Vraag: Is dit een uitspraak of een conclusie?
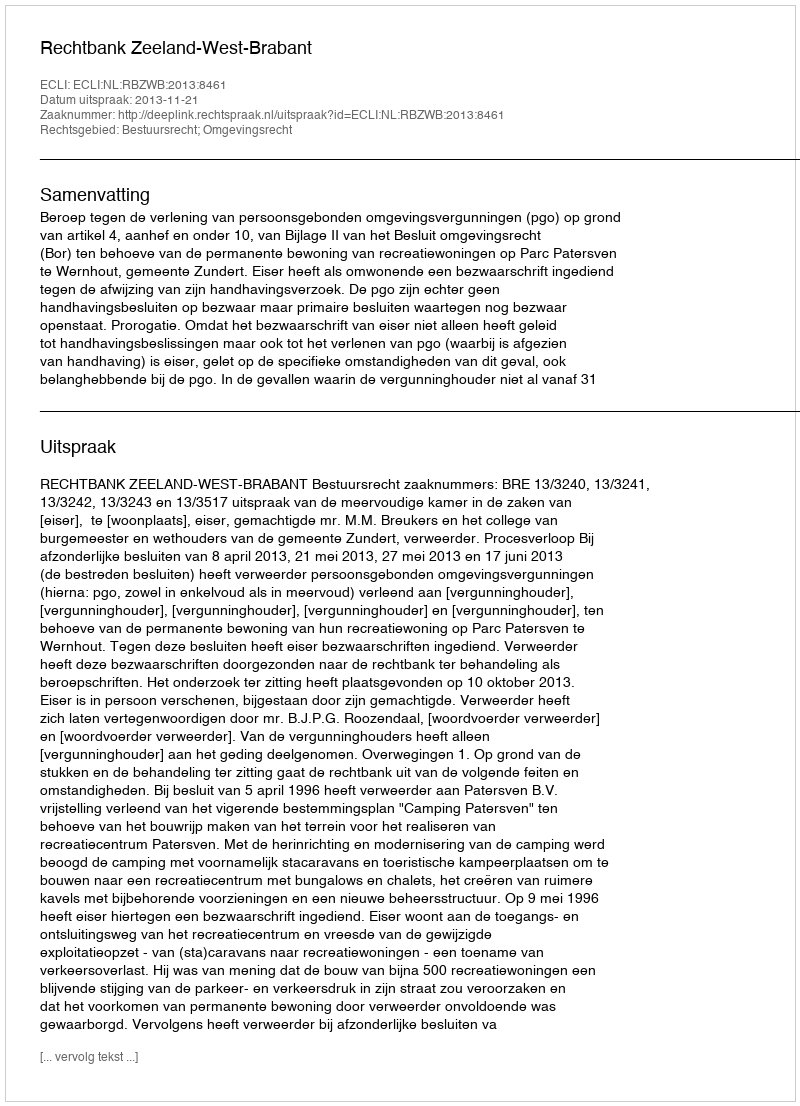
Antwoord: Uitspraak